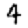
Digit: 4